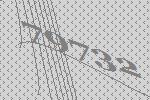
79732